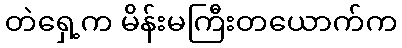
တဲရှေ့က မိန်းမကြီးတယောက်က